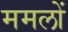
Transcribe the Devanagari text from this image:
ममलों